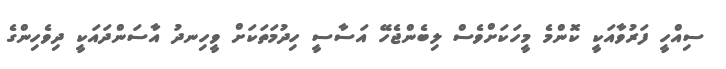
ސިއްހީ ފަރުވާއަކީ ކޮންމެ މީހަކަށްވެސް ލިބެންޖެހޭ އަސާސީ ހިދުމަތަކަށް ވީހިނދު އާސަންދައަކީ ދިވެހިންގެ